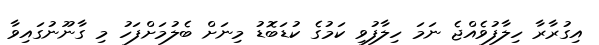
އިގުރާރާ ހިލާފުވެއްޖެ ނަމަ ހިލާފުވި ކަމުގެ ކުޑަބޮޑު މިނަށް ބެލުމަށްފަހު މި ގާނޫނުގައިވާ